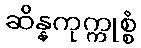
ဆိန္နကုက္ကုစ္စံ